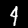
Digit: 4